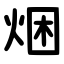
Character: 焑